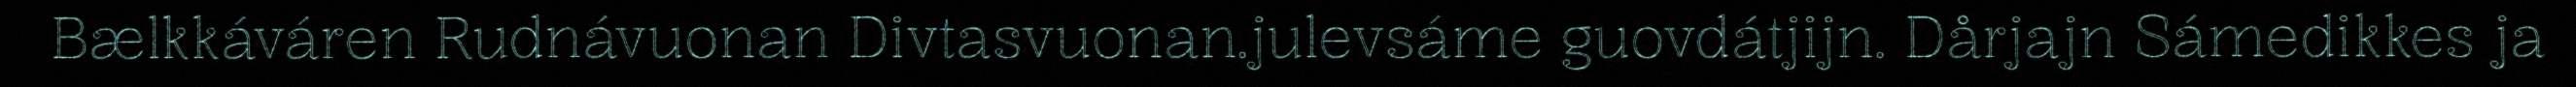
Bælkkáváren Rudnávuonan Divtasvuonan.julevsáme guovdátjijn. Dårjajn Sámedikkes ja